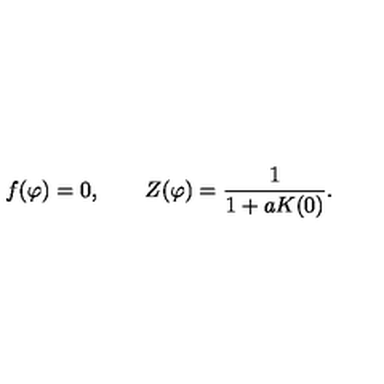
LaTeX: f ( \varphi ) = 0 , \qquad Z ( \varphi ) = \frac { 1 } { 1 + a K ( 0 ) } .